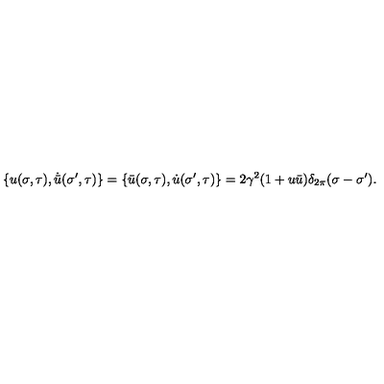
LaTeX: \{ u ( \sigma , \tau ) , \dot { \bar { u } } ( \sigma ^ { \prime } , \tau ) \} = \{ \bar { u } ( \sigma , \tau ) , \dot { u } ( \sigma ^ { \prime } , \tau ) \} = 2 \gamma ^ { 2 } ( 1 + u \bar { u } ) \delta _ { 2 \pi } ( \sigma - \sigma ^ { \prime } ) .